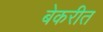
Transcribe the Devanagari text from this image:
बेकरीत